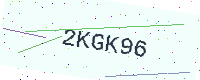
Text: 2KGK96